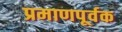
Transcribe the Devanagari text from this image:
प्रमाणपूर्वक